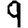
Digit: 9